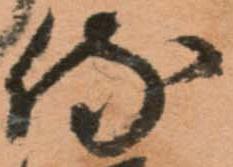
侍